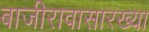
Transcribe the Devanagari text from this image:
बाजीरावासारख्या